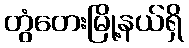
တွံတေးမြို့နယ်ရှိ